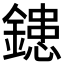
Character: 𨫑